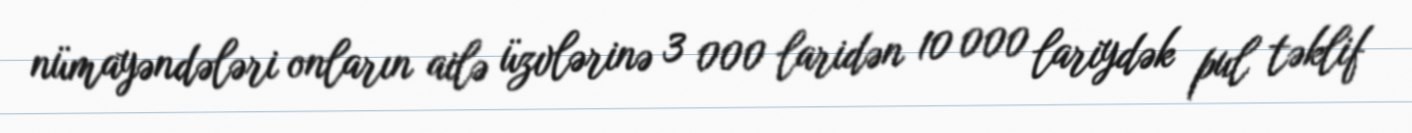
nümayəndələri onların ailə üzvlərinə 3 000 laridən 10 000 lariydək pul təklif